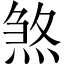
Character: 煞